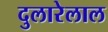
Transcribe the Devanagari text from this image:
दुलारेलाल